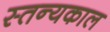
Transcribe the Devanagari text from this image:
स्तन्यकाल